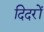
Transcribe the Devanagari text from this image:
दिदरों